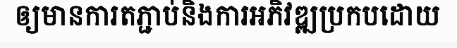
ឲ្យមានការតភ្ជាប់និងការអភិវឌ្ឍប្រកបដោយ